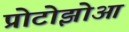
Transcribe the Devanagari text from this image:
प्रोटोझोआ